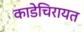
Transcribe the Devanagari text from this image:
काडेचिरायत